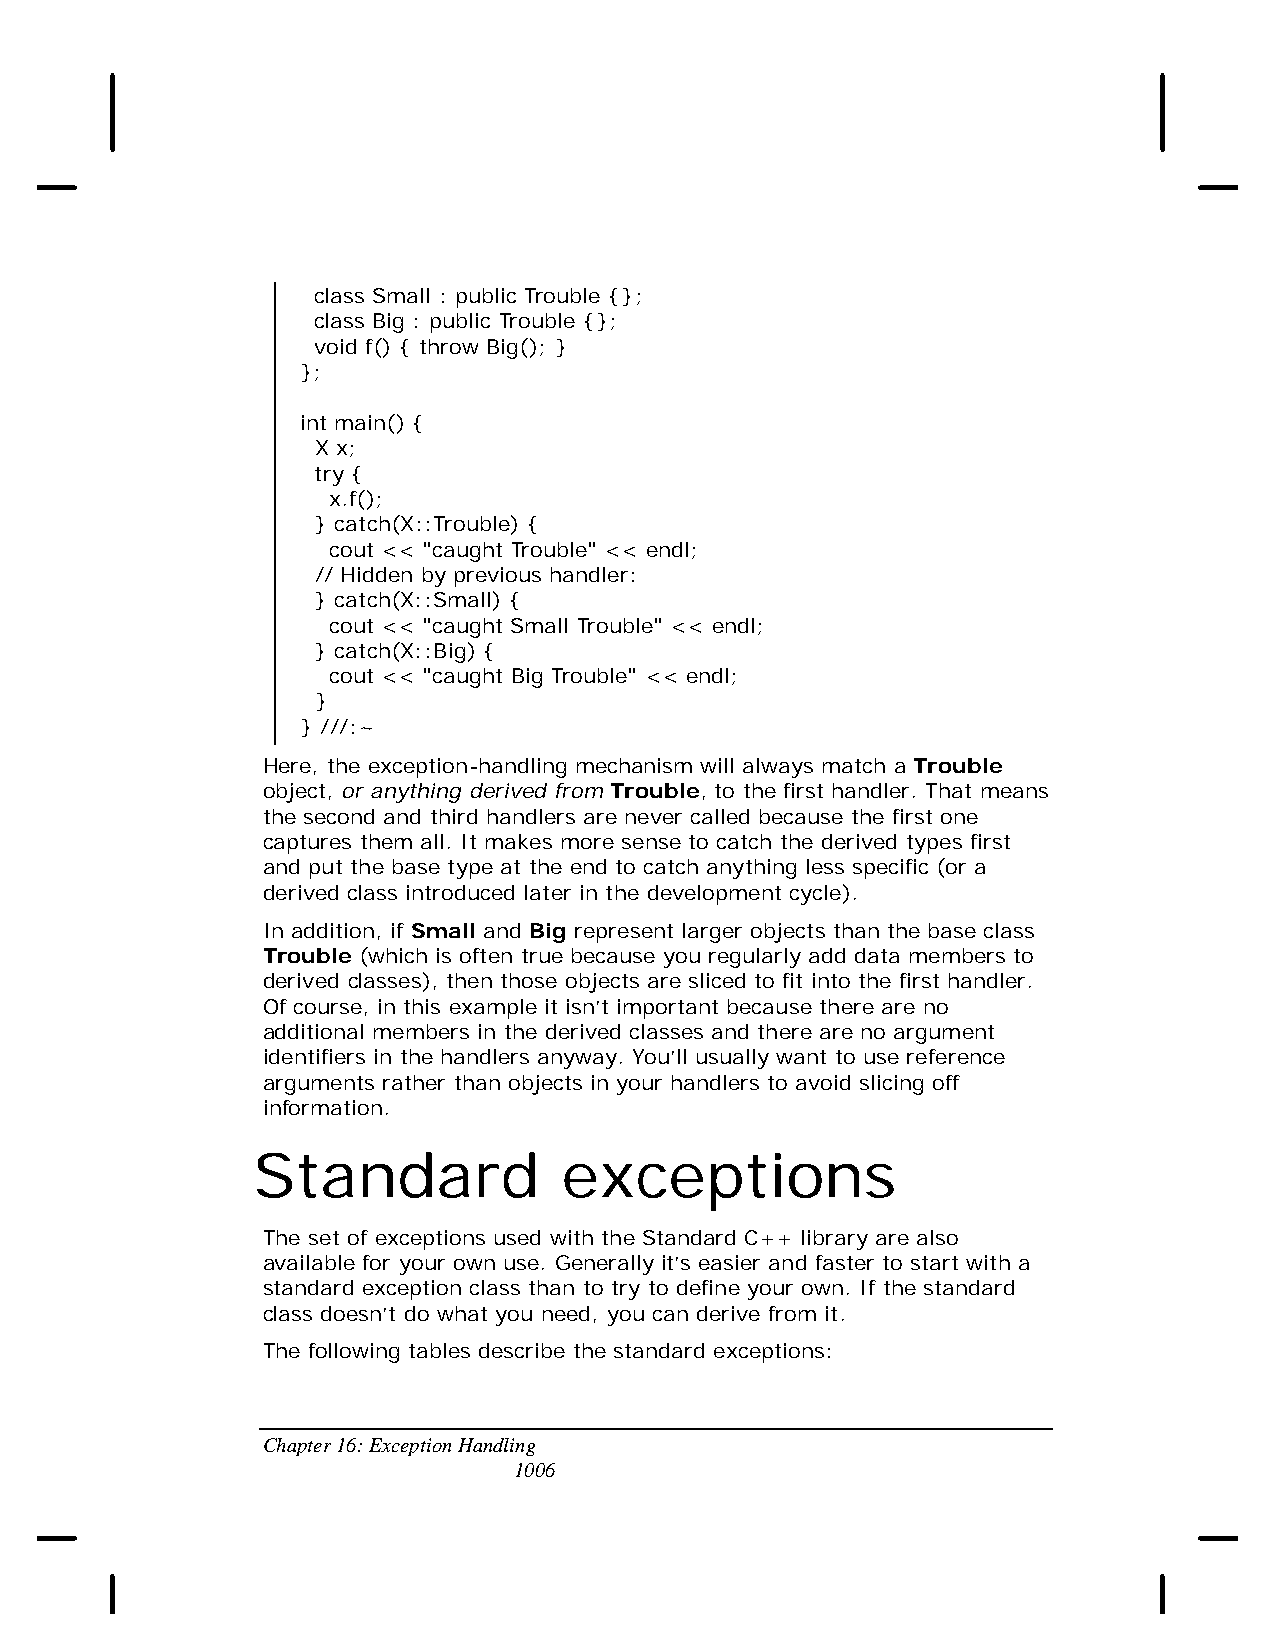
class Small : public Trouble {};
 class Big : public Trouble {};
 void f() { throw Big(); }
 };
 int main() {
 X x;
 try {
 x.f();
 } catch(X::Trouble) {
 cout << "caught Trouble" << endl;
 // Hidden by previous handler:
 } catch(X::Small) {
 cout << "caught Small Trouble" << endl;
 } catch(X::Big) {
 cout << "caught Big Trouble" << endl;
 }
 } ///:~
 Here, the exception-handling mechanism will always match a Trouble
 object, or anything derived from Trouble, to the first handler. That means
 the second and third handlers are never called because the first one
 captures them all. It makes more sense to catch the derived types first
 and put the base type at the end to catch anything less specific (or a
 derived class introduced later in the development cycle).
 In addition, if Small and Big represent larger objects than the base class
 Trouble (which is often true because you regularly add data members to
 derived classes), then those objects are sliced to fit into the first handler.
 Of course, in this example it isn’t important because there are no
 additional members in the derived classes and there are no argument
 identifiers in the handlers anyway. You’ll usually want to use reference
 arguments rather than objects in your handlers to avoid slicing off
 information.
 Standard            exceptions
 The set of exceptions used with the Standard C++ library are also
 available for your own use. Generally it’s easier and faster to start with a
 standard exception class than to try to define your own. If the standard
 class doesn’t do what you need, you can derive from it.
 The following tables describe the standard exceptions:
 Chapter 16: Exception Handling
 1006